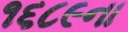
૧૬૮૯ના